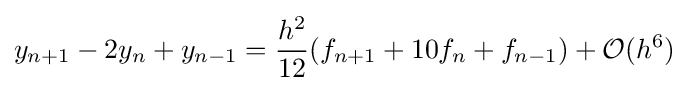
y_{n+1}-2y_{n}+y_{n-1}={\frac {h^{2}}{12}}(f_{n+1}+10f_{n}+f_{n-1})+{\mathcal {O}}(h^{6})